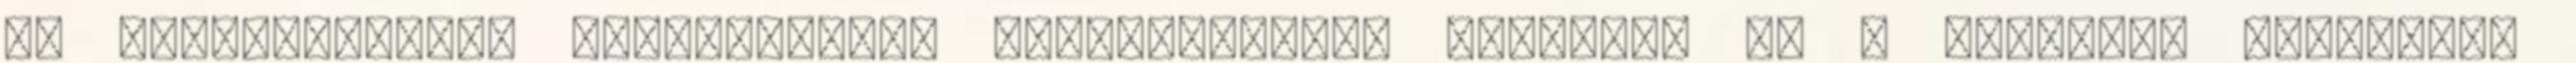
Az esztrichréteg teherelosztó szerkezetként működik, és a rugalmas alátéttel